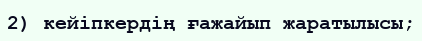
2) кейіпкердің ғажайып жаратылысы;